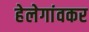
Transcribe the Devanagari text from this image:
हेलेगांवकर